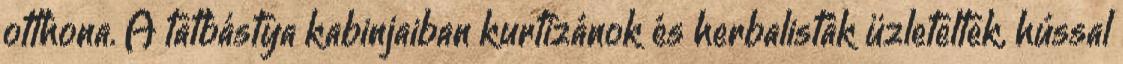
otthona. A tatbástya kabinjaiban kurtizánok és herbalisták üzleteltek, hússal